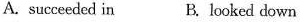
A. succeeded in B. looked down